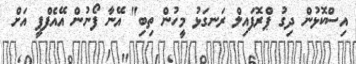
އިސްކޮޅުން ދިގު ޕްރޮފައިލް ރަނގަޅު މީހުން ތިބި" އޭނާ ފޯނުން އޭއެފްޕީ އަށް